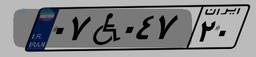
۷۸W۰۳۹۵۲